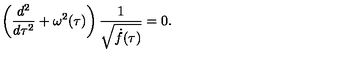
\left( \frac { d ^ { 2 } } { d \tau ^ { 2 } } + \omega ^ { 2 } ( \tau ) \right) \frac { 1 } { \sqrt { \dot { f } ( \tau ) } } = 0 .